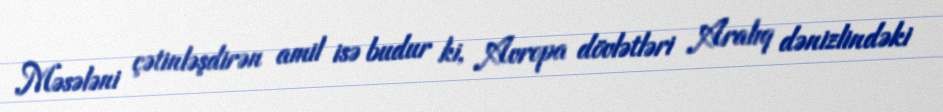
Məsələni çətinləşdirən amil isə budur ki, Avropa dövlətləri Aralıq dənizlindəki